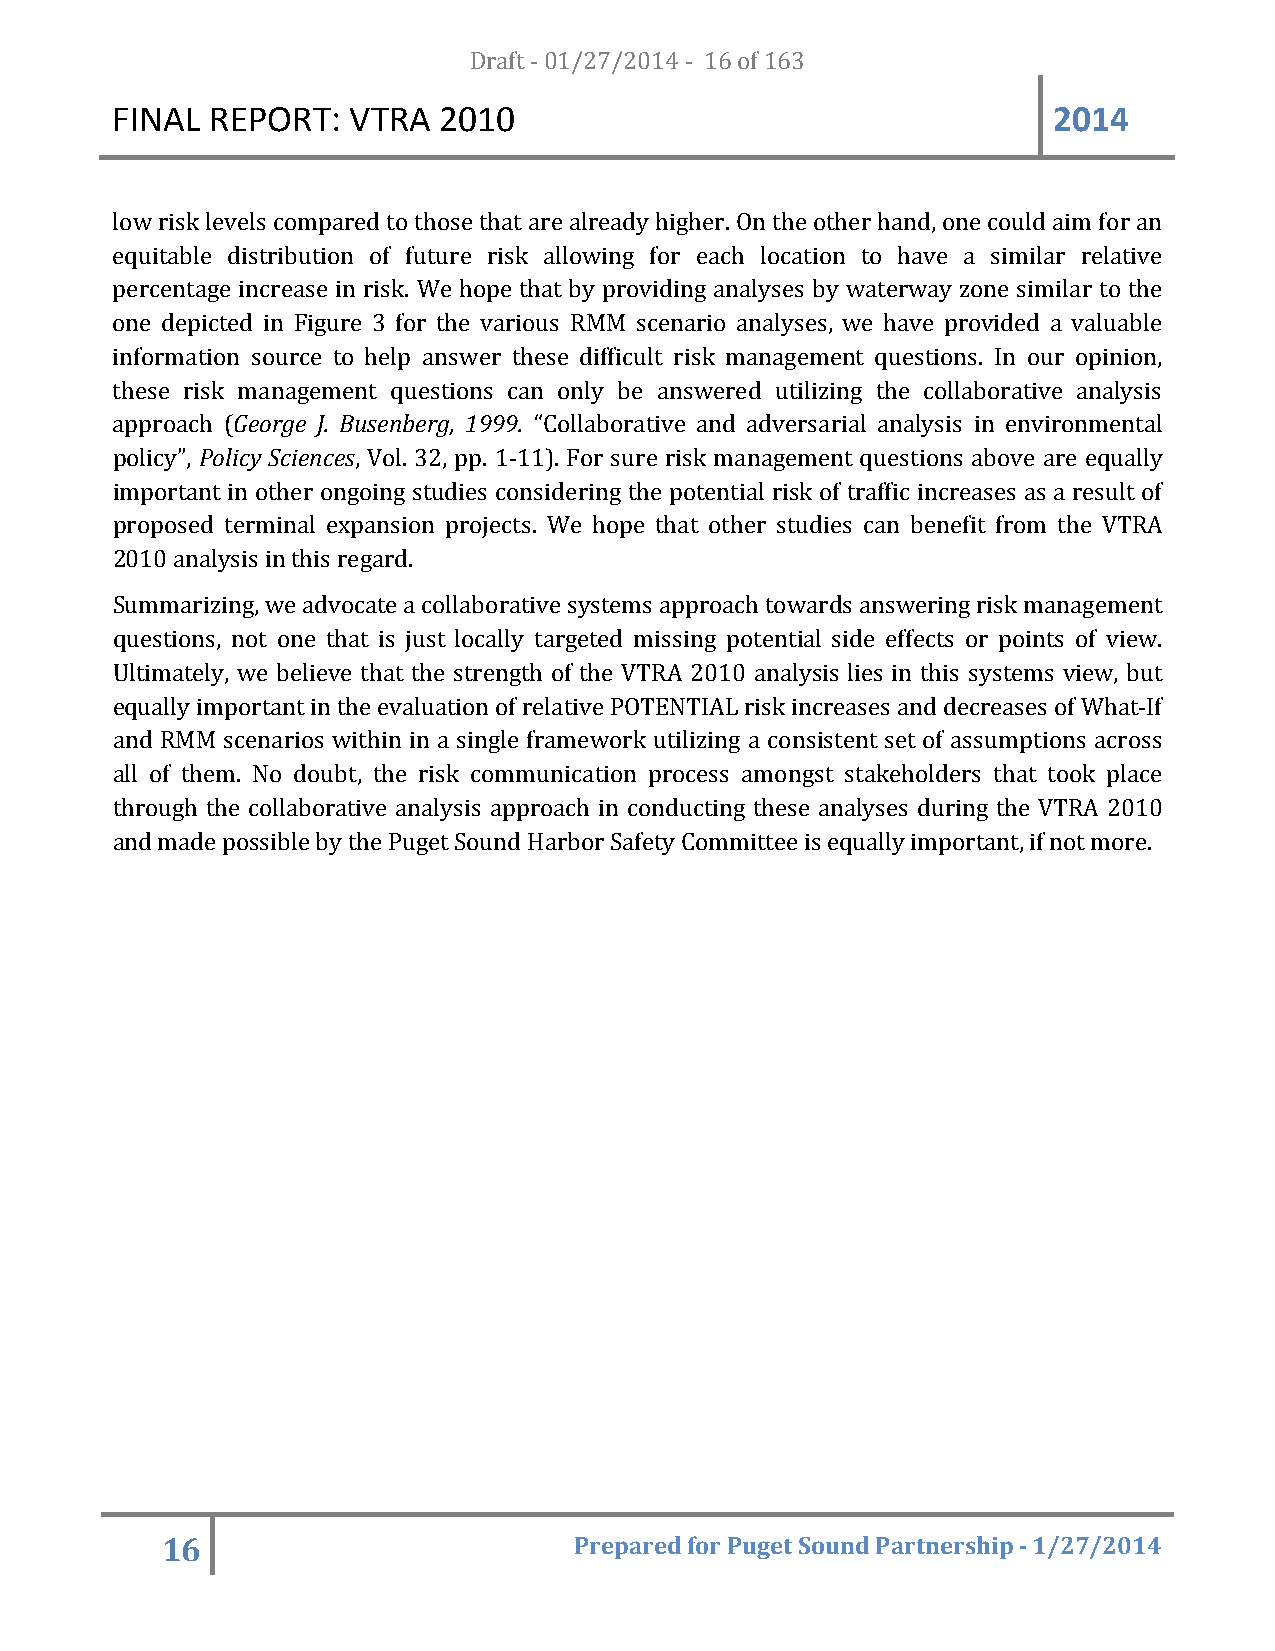
FINAL  REPORT:  VTRA  20D1r0af t - 01/27/2014 - 16 of 163      2014
 low risk levels compared to those that are already higher. On the other hand, one could aim for an
 equitable distribution of future risk allowing for each location to have a similar relative
 percentage increase in risk. We hope that by providing analyses by waterway zone similar to the
 one depicted in Figure 3 for the various RMM scenario analyses, we have provided a valuable
 information source to help answer these difficult risk management questions. In our opinion,
 these risk management questions can only be answered utilizing the collaborative analysis
 approach (George J. Busenberg, 1999. “Collaborative and adversarial analysis in environmental
 policy”, Policy Sciences, Vol. 32, pp. 1-11). For sure risk management questions above are equally
 important in other ongoing studies considering the potential risk of traffic increases as a result of
 proposed terminal expansion projects. We hope that other studies can benefit from the VTRA
 2010 analysis in this regard.
 Summarizing, we advocate a collaborative systems approach towards answering risk management
 questions, not one that is just locally targeted missing potential side effects or points of view.
 Ultimately, we believe that the strength of the VTRA 2010 analysis lies in this systems view, but
 equally important in the evaluation of relative POTENTIAL risk increases and decreases of What-If
 and RMM scenarios within in a single framework utilizing a consistent set of assumptions across
 all of them. No doubt, the risk communication process amongst stakeholders that took place
 through the collaborative analysis approach in conducting these analyses during the VTRA 2010
 and made possible by the Puget Sound Harbor Safety Committee is equally important, if not more.
 16                         Prepared for Puget Sound Partnership - 1/27/2014